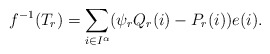
\begin{align*} f^{-1}(T_r)=\sum_{i\in I^{\alpha}}(\psi_rQ_r(i)-P_r(i))e(i).\end{align*}